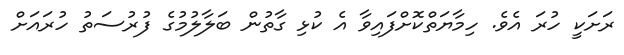
ރަށަކީ ހުރަ އެވެ. ހިމާޔަތްކޮށްފައިވާ އެ ކުޅި ގާތުން ބަލާލުމުގެ ފުރުސަތު ހުރައަށް